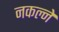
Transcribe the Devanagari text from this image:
नकल्ने